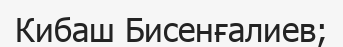
Кибаш Бисенғалиев;